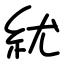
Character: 紌